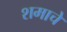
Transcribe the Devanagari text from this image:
शमाचे